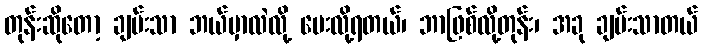
တုန်းဆိုတော့ ချမ်းသာ ဘယ်မှာလဲလို့ မေးလို့ရတယ်၊ ဘာဖြစ်လို့တုန်း၊ အခု ချမ်းသာတယ်